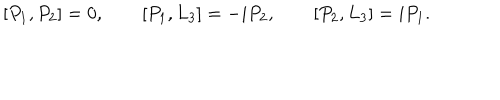
\left[ P _ { 1 } , P _ { 2 } \right] = 0 , \qquad \left[ P _ { 1 } , L _ { 3 } \right] = - i P _ { 2 } , \qquad \left[ P _ { 2 } , L _ { 3 } \right] = i P _ { 1 } .